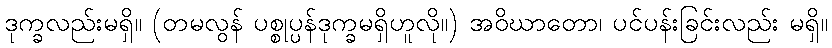
ဒုက္ခလည်းမရှိ။ (တမလွန် ပစ္စုပ္ပန်ဒုက္ခမရှိဟူလို။) အဝိဃာတော၊ ပင်ပန်းခြင်းလည်း မရှိ။